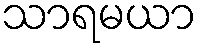
သာရမယာ